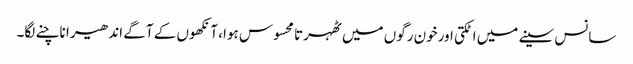
سانس سینے میں اٹکتی اورخون رگوں میں ٹھہرتا محسوس ہوا، آنکھوں کے آگے اندھیرا ناچنے لگا۔